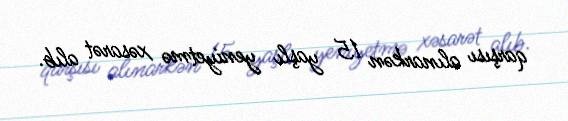
qarşısı alınarkən 15 yaşlı yeniyetmə xəsarət alıb.